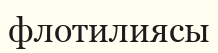
флотилиясы